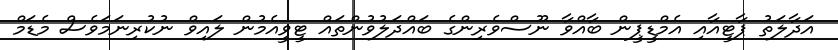
އަދާލަތު ޕާޓީއާއި އެމްޑީޕީން ބާއްވާ ނޫސްވެރިންގެ ބައްދަލުވުންތައް ޓީވީއެމުން ލައިވް ނުކުރިނަމަވެސް މެޑަމް